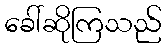
ခေါ်ဆိုကြသည်